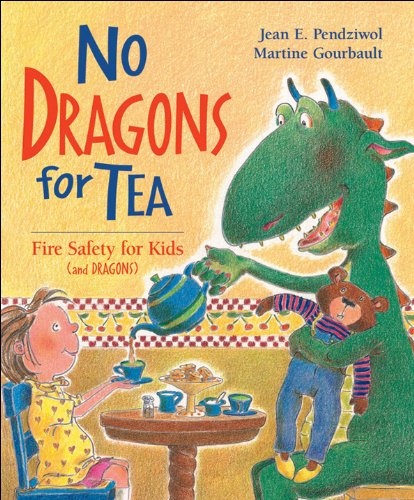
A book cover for No Dragons for Tea: Fire Safety for Kids (and Dragons); Jean E Pendziwol; Children's Books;